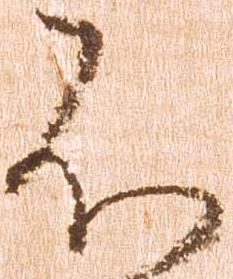
不